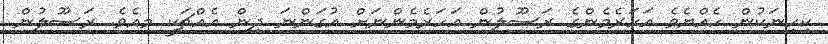
ކިހިނަކުން ހެއްޔެވެ އަހަރެމެންގެ ރަސޫލުން އަހަރެމެންނަށް އުގަންނަ ދިން އެއްޗަކީ މިއެވެ. ރަސޫލުން